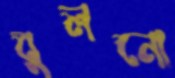
বুলনো